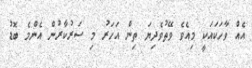
އެއް ވާހަކައަކީ މިއެވެ ވޭތުވެދިޔަ ތިން އަހަރު މި ސަރުކާރުން އެންމެ ބޮޑު